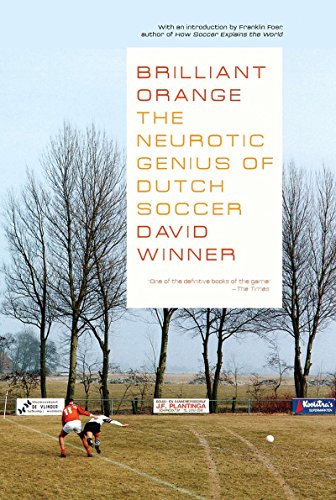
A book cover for Brilliant Orange: The Neurotic Genius of Dutch Soccer; David Winner; Sports & Outdoors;